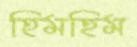
হিমহিম